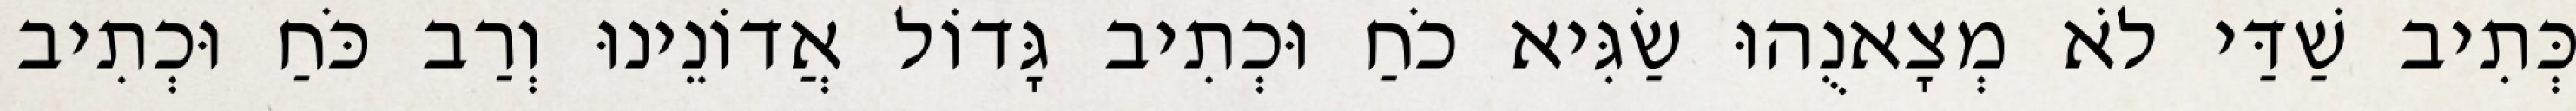
כְּתִיב שַׁדַּי לֹא מְצָאנֻהוּ שַׂגִּיא כֹחַ וּכְתִיב גָּדוֹל אֲדוֹנֵינוּ וְרַב כֹּחַ וּכְתִיב